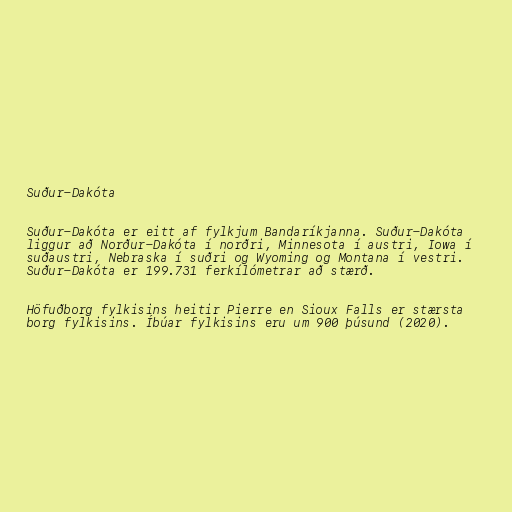
Suður-Dakóta

Suður-Dakóta er eitt af fylkjum Bandaríkjanna. Suður-Dakóta
liggur að Norður-Dakóta í norðri, Minnesota í austri, Iowa í
suðaustri, Nebraska í suðri og Wyoming og Montana í vestri.
Suður-Dakóta er 199.731 ferkílómetrar að stærð.

Höfuðborg fylkisins heitir Pierre en Sioux Falls er stærsta
borg fylkisins. Íbúar fylkisins eru um 900 þúsund (2020).